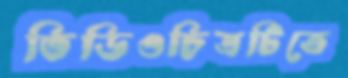
ভিডিওচিত্রটিতে